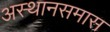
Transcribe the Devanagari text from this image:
अस्थानसमास